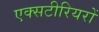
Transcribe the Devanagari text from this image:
एक्सटीरियरों